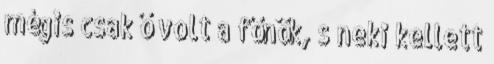
mégis csak ő volt a főnök, s neki kellett